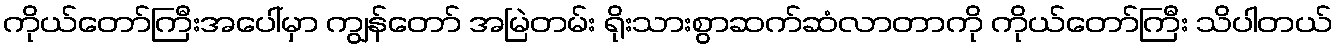
ကိုယ်တော်ကြီးအပေါ်မှာ ကျွန်တော် အမြဲတမ်း ရိုးသားစွာဆက်ဆံလာတာကို ကိုယ်တော်ကြီး သိပါတယ်